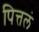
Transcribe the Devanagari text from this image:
पित्तलं